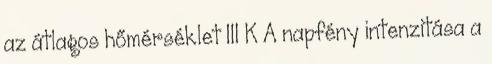
az átlagos hőmérséklet 111 K A napfény intenzitása a